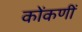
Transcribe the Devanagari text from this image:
कोंकणीं